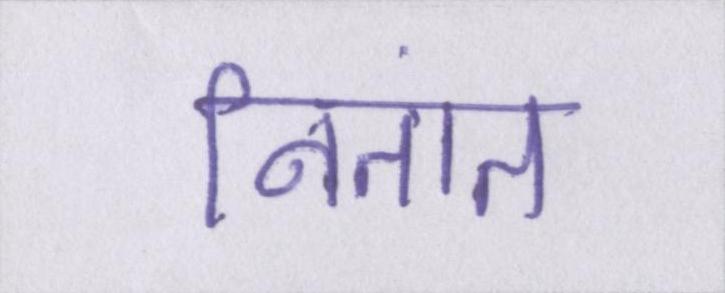
नितांत